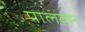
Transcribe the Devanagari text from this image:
पालकर्